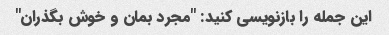
این جمله را بازنویسی کنید: "مجرد بمان و خوش بگذران"